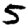
Digit: 5